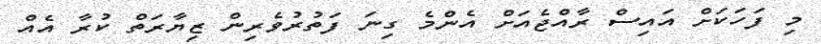
މި ފަހަކަށް އައިސް ރާއްޖެއަށް އެންމެ ގިނަ ފަތުރުވެރިން ޒިޔާރަތް ކުރާ އެއް